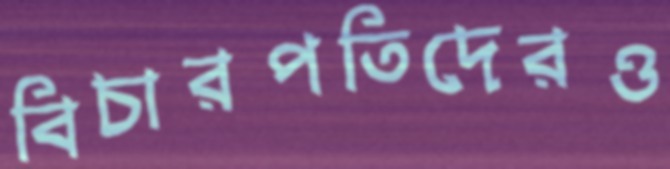
বিচারপতিদেরও